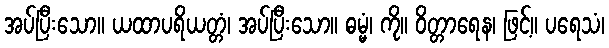
အပ်ပြီးသော။ ယထာပရိယတ္တံ၊ အပ်ပြီးသော။ ဓမ္မံ၊ ကို။ ဝိတ္တာရေန၊ ဖြင့်။ ပရေသံ၊